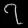
Digit: ၇